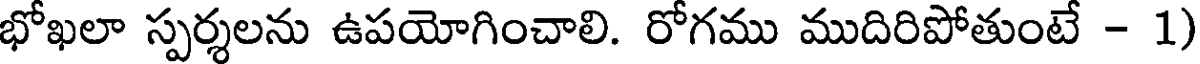
భోఖలా స్పర్శలను ఉపయోగించాలి. రోగము ముదిరిపోతుంటే - 1)